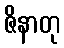
ဇိနာတု